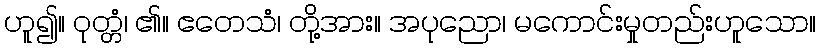
ဟူ၍။ ဝုတ္တံ၊ ၏။ ဧတေသံ၊ တို့အား။ အပုညော၊ မကောင်းမှုတည်းဟူသော။